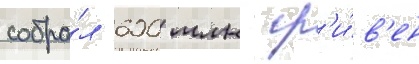
собра́л 600 млн гр'и́в'ен